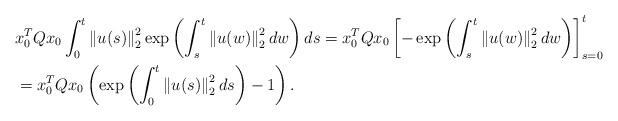
LaTeX: \begin{align*}&x_0^T Q x_0 \int_0^t \left\|u(s)\right\|_2^2 \exp\left(\int_s^t \left\|u(w)\right\|_2^2dw\right) ds= x_0^T Q x_0 \left[-\exp\left(\int_s^t \left\|u(w)\right\|_2^2dw\right)\right]_{s=0}^t\\&=x_0^T Q x_0\left(\exp\left(\int_0^t \left\|u(s)\right\|_2^2ds\right)-1\right).\end{align*}